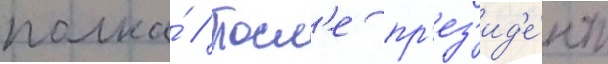
полка́ // Посл'е пр'ез'ид'е́нт